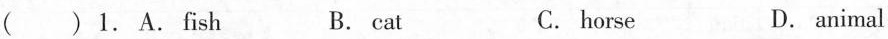
( ) 1. A. fish B. cat C. horse D. animal